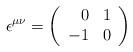
LaTeX: \begin{align*}\epsilon ^{\mu \nu }=\left( \begin{array}{rc}0 & 1\\-1 & 0\end{array}\right)\end{align*}